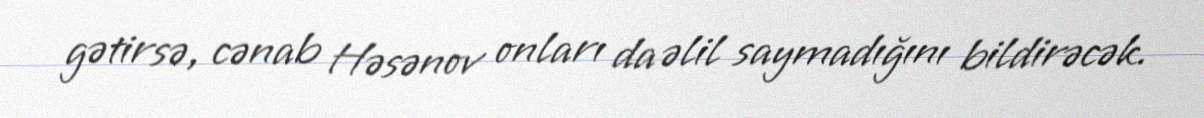
gətirsə, cənab Həsənov onları da əlil saymadığını bildirəcək.